Medical and sanitary report of the native army of Bengal for the year
Year: 1874
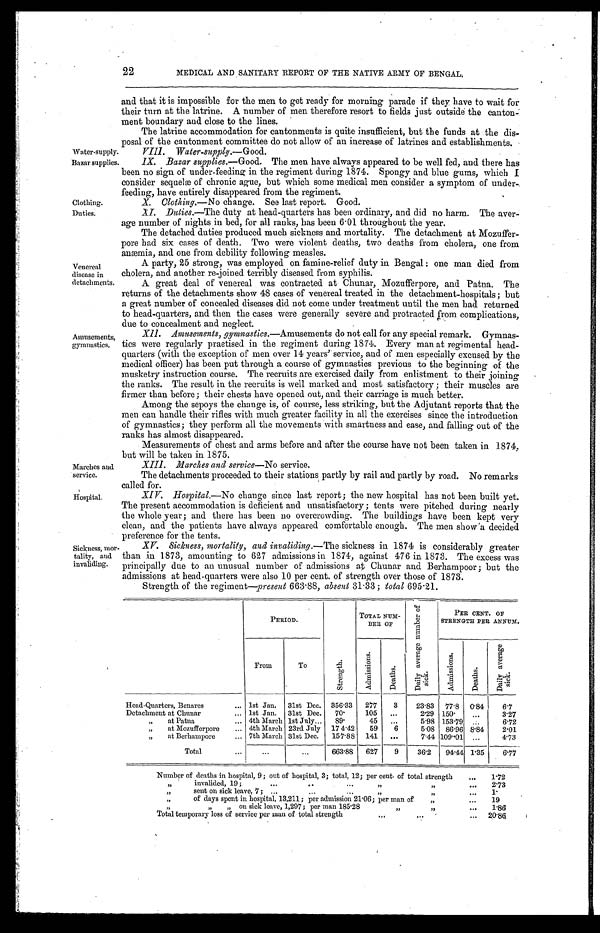
Water-supply.
Bazar supplies.
Clothing.
Duties.
Marches and
service.
Hospital.
Venereal
disease in
detachments.
Amusements,
gymnastics.
Sickness, mor
tality, and
invaliding.
22
MEDICAL AND SANITARY REPORT OF THE NATIVE ARMY OF BENGAL.
and that it is impossible for the men to get ready for morning parade if they have to wait for
their turn at the latrine. A number of men therefore resort to fields just outside the canton
-ment boundary and close to the lines.
The latrine accommodation for cantonments is quite insufficient, but the funds at the dis
-posal of the cantonment committee do not allow of an increase of latrines and establishments.
VIII. Water-supply .—Good.
IX. Bazar supplies .—Good. The men have always appeared to be well fed, and there has
been no sign of under-feeding in the regiment during 1874. Spongy and blue gums, which I
consider sequelæ of chronic ague, but which some medical men consider a symptom of under
-feeding, have entirely disappeared from the regiment.
X. Clothing .—No change. See last report. Good.
XI. Duties .—The duty at head-quarters has been ordinary, and did no harm. The aver
-age number of nights in bed, for all ranks, has been 6.01 throughout the year.
The detached duties produced much sickness and mortality. The detachment at Mozuffer
-pore had six cases of death. Two were violent deaths, two deaths from cholera, one from
anæmia, and one from debility following measles.
A party, 25 strong, was employed on famine-reliet duty in Bengal: one man died from
cholera, and another re-joined terribly diseased from syphilis.
A great deal of venereal was contracted at Chunar, Mozufferpore, and Patna. The
returns of the detachments show 48 cases of venereal treated in the detachment-hospitals; but
a great number of concealed diseases did not come under treatment until the men had returned
to head-quarters, and then the cases were generally severe and protracted from complications,
due to concealment and neglect.
X I I . A m u s e m e n t s , g y m n a s t i c s.—Amusements do not call for any special remark. Gymnas
-tics were regularly practised in the regiment during 1874. Every man at regimental head
- q u a r t e r s ( w i t h t h e e x c e p t i o n o f m e n o v e r 1 4 y e a r s ' s e r v i c e , a n d o f m e n e s p e c i a l l y e x c u s e d b y t h e
medical officer) has been put through a course of gymnastics previous to the beginning of the
musketry instruction course. The recruits are exercised daily from enlistment to their joining
the ranks. The result in the recruits is well marked and most satisfactory; their muscles are
firmer than before; their chests have opened out, and their carriage is much better.
Among the sepoys the change is, of course, less striking, but the Adjutant reports that the
men can handle their rifles with much greater facility in all the exercises since the introduction
of gymnastics; they perform all the movements with smartness and ease, and falling out of the
ranks has almost disappeared.
Measurements of chest and arms before and after the course have not been taken in 1874,
but will be taken in 1875.
XIII. Marches and service— No service.
The detachments proceeded to their stations partly by rail and partly by road. No remarks
called for.
XIV. Hospital.—No change since last report; the new hospital has not been built yet.
The present accommodation is deficient and unsatisfactory; tents were pitched during nearly
the whole year; and there has been no overcrowding. The buildings have been kept very
clean, and the patients have always appeared comfortable enough. The men show a decided
preference for the tents.
XV. Sickness, mortality, and invaliding .—The sickness in 1874 is considerably greater
than in 1873, amounting to 627 admissions in 1874, against 476 in 1873. The excess was
principally due to an unusual number of admissions at Chunar and Berhampoor; but the
admissions at head-quarters were also 10 per cent of strength over those of 1873.
Strength of the regiment— present 663.88, absent 31.33; total 695.21.
PERIOD.
S t r e n g t h .
T O T A L N U M - B E R O F
D a i l y a v e r a g e n u m b e r o f s i c k .
PER CENT OF
STRENGTH PER ANNUM.
From
To
A d m i s s i o n s .
D e a t h s .
A d m i s s i o n s .
D e a t h s .
D a i l y a v e r a g e s i c k .
Head-Quarters, Benares . . . 1st Jan.
31st Dec. 356.33
277
3
23.83
77.8 0.84
6.7
Detachment at Chunar . . .
1st Jan.
31st Dec.
70.
105
. . .
2.29 150.
. . .
3.27
" at Patna . . . 4th March 1st July . . .
89.
45
. . .
5.98 153.79 .: .
6.72
" at Mozufferpore . . .
4th March 23rd July 174.42
59
6
5.08 86.96 8.84
2.01
" at Berhampore . . . 7th March 31st Dec.
157.88 141
. . .
7.44 109.01 . . .
4.73
Total . . .
. . .
. . .
663.88
627
9
36.2
94.44 1.35
6.77
Number of deaths in hospital, 9; out of hospital, 3; total, 12; per cent of total strength . . .
1.72
" invalided, 19; . . . " " . . .
2.73
" sent on sick leave, 7; . . . " " . . .
1.
" of days spent in hospital, 13,211; per admission 21.06; per man of " . . .
19
" " " on sick leave, 1,297; per man 185.28 " " . . .
1.86
Total temporary loss of service per man of total strength . . .
20.86